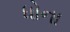
ધોના